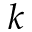
k